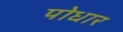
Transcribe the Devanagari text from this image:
पोधार